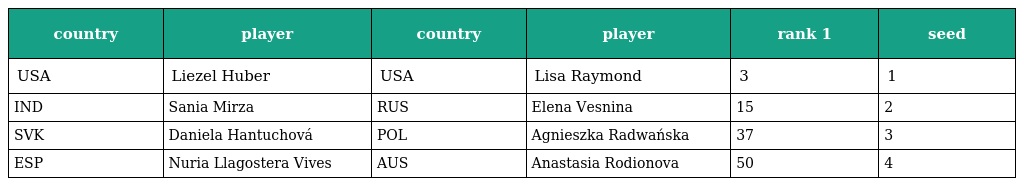
| country | player | country | player | rank 1 | seed |
 | --- | --- | --- | --- | --- | --- |
 | USA | Liezel Huber | USA | Lisa Raymond | 3 | 1 |
 | IND | Sania Mirza | RUS | Elena Vesnina | 15 | 2 |
 | SVK | Daniela Hantuchová | POL | Agnieszka Radwańska | 37 | 3 |
 | ESP | Nuria Llagostera Vives | AUS | Anastasia Rodionova | 50 | 4 |